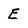
Character: E